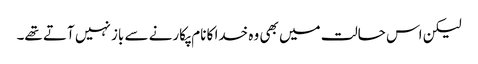
لیکن اس حالت میں بھی وہ خدا کا نام پکارنے سے باز نہیں آتے تھے۔